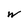
Character: w